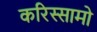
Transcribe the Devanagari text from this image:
करिस्सामो